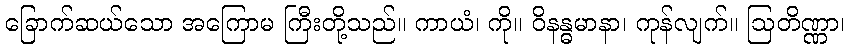
ခြောက်ဆယ်သော အကြောမ ကြီးတို့သည်။ ကာယံ၊ ကို။ ဝိနန္ဓမာနာ၊ ကုန်လျက်။ ဩတိဏ္ဏာ၊